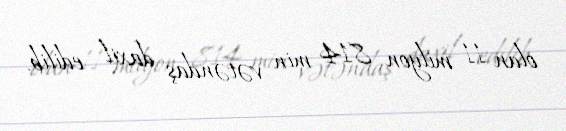
olan 11 milyon 814 min vətəndaş daxil edilib.